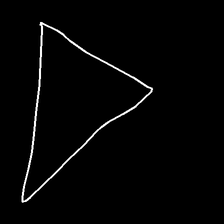
Glyph: convergence